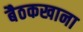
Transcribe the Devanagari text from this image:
बैठकखाना